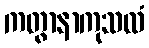
ကတွာနာကုသလံ